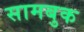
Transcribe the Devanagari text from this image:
सामबुक